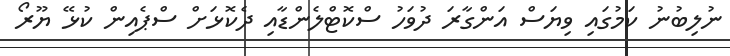
ނުލިބުނު ކަމުގައި ވިޔަސް އަންގާރަ ދުވަހު ސްކޮޓްލެންޑާއި ދެކޮޅަށް ސްޕެއިން ކުޅޭ ޔޫރޯ